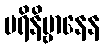
ပရိနိဗ္ဗာနေန